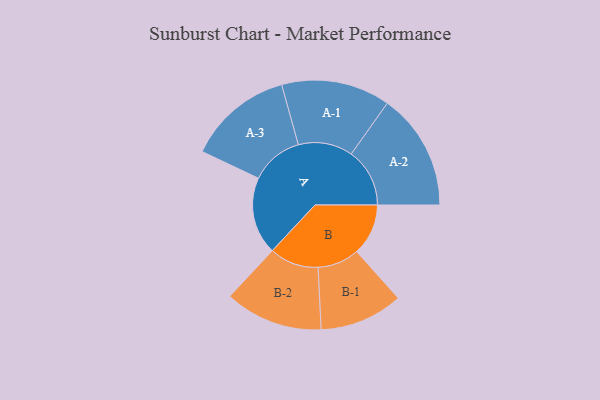
{"axis": {"x": "Segment", "y": "Value"}, "legend": ["", "A", "B"], "data": [{"x": "A", "y": 291, "type": ""}, {"x": "B", "y": 194, "type": ""}, {"x": "A-1", "y": 205, "type": "A"}, {"x": "A-2", "y": 220, "type": "A"}, {"x": "A-3", "y": 198, "type": "A"}, {"x": "B-1", "y": 157, "type": "B"}, {"x": "B-2", "y": 185, "type": "B"}]}